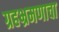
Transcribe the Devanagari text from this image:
ग्रहभ्रमणाचा